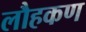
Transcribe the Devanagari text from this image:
लौहकण